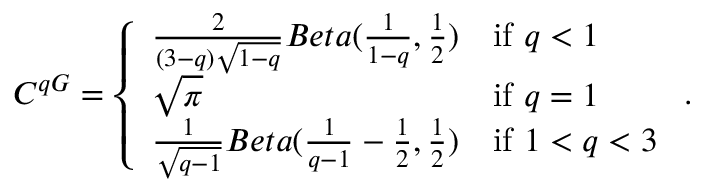
C ^ { q G } = \left\{ \begin{array} { l l } { \frac { 2 } { ( 3 - q ) \sqrt { 1 - q } } B e t a ( \frac { 1 } { 1 - q } , \frac { 1 } { 2 } ) } & { \mathrm { i f ~ } q < 1 } \\ { \sqrt { \pi } } & { \mathrm { i f ~ } q = 1 } \\ { \frac { 1 } { \sqrt { q - 1 } } B e t a ( \frac { 1 } { q - 1 } - \frac { 1 } { 2 } , \frac { 1 } { 2 } ) } & { \mathrm { i f ~ } 1 < q < 3 } \end{array} \right. .